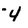
Character: 4